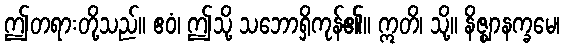
ဤတရားတို့သည်။ ဧဝံ၊ ဤသို့ သဘောရှိကုန်၏။ ဣတိ၊ သို့။ နိဇ္ဈာနက္ခမေ၊